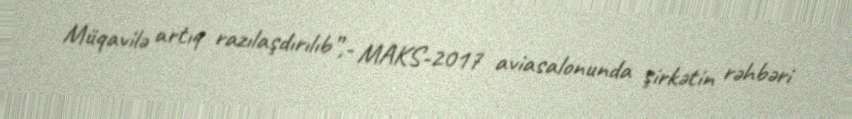
Müqavilə artıq razılaşdırılıb”,- MAKS-2017 aviasalonunda şirkətin rəhbəri